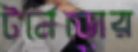
টর্নেডোর